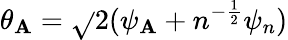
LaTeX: \theta_{\mathbf{A}}=\sqrt{}{2}(\psi_{\mathbf{A}}+n^{-{\frac{{1}}{{2}}}}\psi_{n})